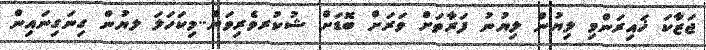
ޖަޒާކަ ޚައިރަންމި ލިޔުން ލިޔުނު ފަރާތަށް ވަރަށް ބޮޑަށް ޝުކުރވެރިވަން..މިކަހަލަ ލޔުން ގިނަގިނައިން